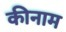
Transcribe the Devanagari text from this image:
कीनाम